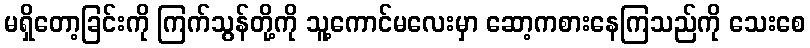
မရှိတော့ခြင်းကို ကြက်သွန်တို့ကို သူ့ကောင်မလေးမှာ ဆော့ကစားနေကြသည်ကို သေးစေ